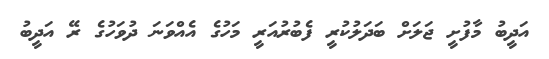
އަދީބު މާފުށީ ޖަލަށް ބަދަލުކުރީ ފެބުރުއަރީ މަހުގެ އެއްވަނަ ދުވަހުގެ ރޭ އަދީބު